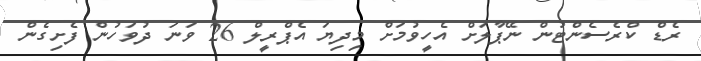
ރެޑް ކްރެސެންޓުން ނޭޕާލަށް އެހީވުމަށް މިދިޔަ އެޕްރީލް 26 ވަނަ ދުވަހުން ފެށިގެން